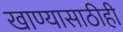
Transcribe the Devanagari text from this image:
खाण्यासाठीही